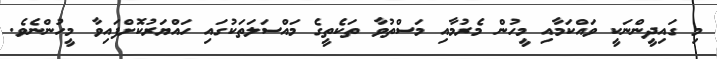
މި ގައިދީންނަކީ ވައްކަމާއި މީހުން މެރުމާއި މަސްތުވާ ތަކެތީގެ މައްސަލަތަކުގައި ހައްޔަރުކޮށްފައިވާ މީހުންނެވެ.